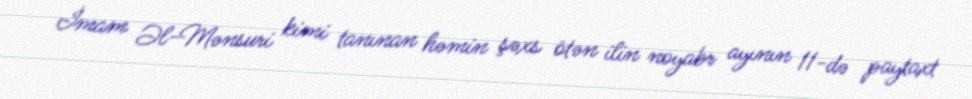
İmam Əl-Mənsuri kimi tanınan həmin şəxs ötən ilin noyabr ayının 11-də paytaxt